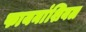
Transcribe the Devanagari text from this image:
फायनांशियल